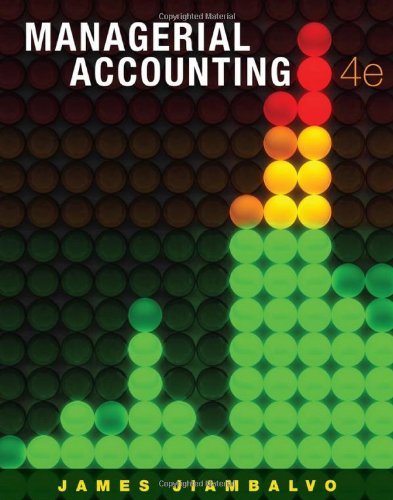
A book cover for Managerial Accounting; James Jiambalvo; Business & Money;